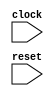
module SIntTester(
  input   clock,
  input   reset
);
  always @(posedge clock) begin
    `ifndef SYNTHESIS
    `ifdef STOP_COND
      if (`STOP_COND) begin
    `endif
        if (~reset) begin
          $finish; // @[DspComplexSpec.scala 61:7]
        end
    `ifdef STOP_COND
      end
    `endif
    `endif // SYNTHESIS
  end
endmodule